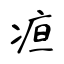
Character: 疸